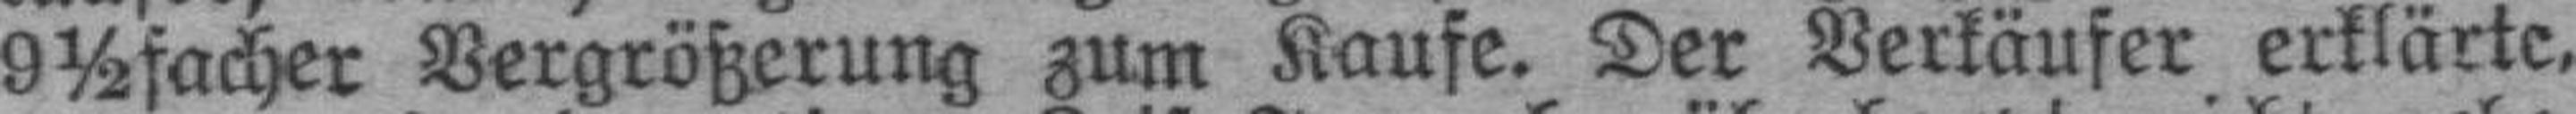
9½facher Vergrößerung zum Kaufe. Der Verkäufer erklärte,